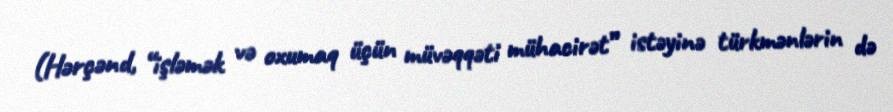
(Hərçənd, “işləmək və oxumaq üçün müvəqqəti mühacirət” istəyinə türkmənlərin də